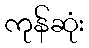
ကုန်ဆုံး